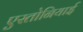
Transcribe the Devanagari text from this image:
एस्तोनियाई